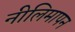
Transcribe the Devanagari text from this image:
नीलिमापन